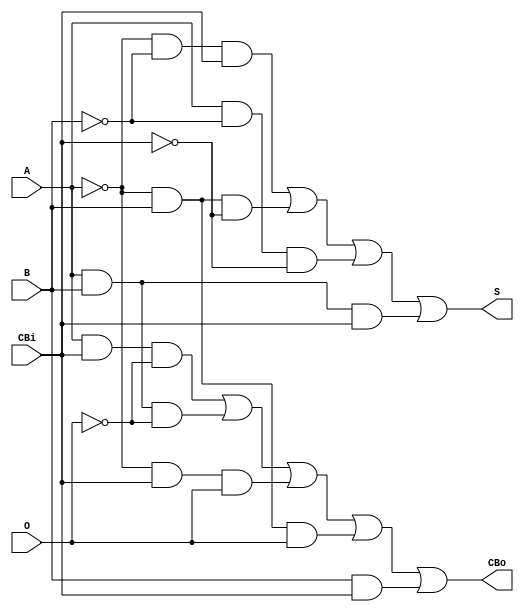
/*
 * Generated by Digital. Don't modify this file!
 * Any changes will be lost if this file is regenerated.
 */

module asig (
  input O,
  input A,
  input B,
  input CBi,
  output CBo,
  output S
);
  wire s0;
  assign s0 = ~ A;
  assign CBo = ((A & CBi & ~ O) | (A & B & ~ O) | (s0 & CBi & O) | (s0 & B & O) | (B & CBi));
  assign S = ((s0 & ~ B & CBi) | (s0 & B & ~ CBi) | (A & ~ B & ~ CBi) | (A & B & CBi));
endmodule